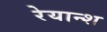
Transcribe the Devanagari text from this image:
रेयान्श